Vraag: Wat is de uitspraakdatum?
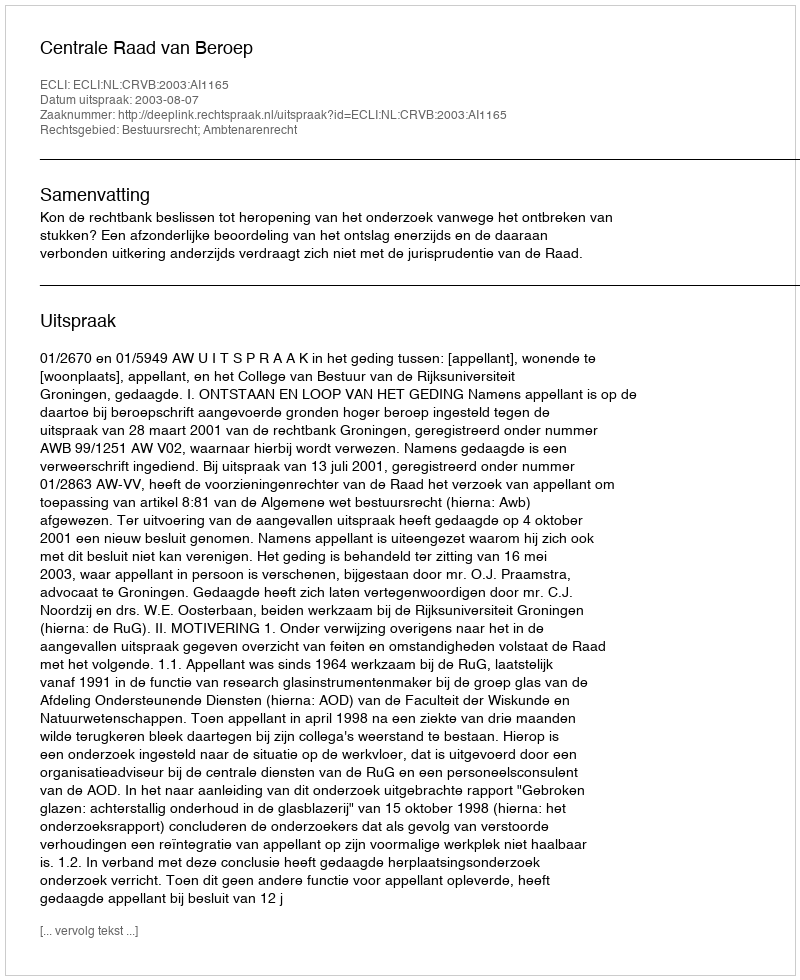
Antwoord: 2003-08-07